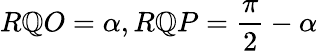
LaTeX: R\mathbb{Q}O=\alpha,R\mathbb{Q}P={\frac{{\pi}}{{2}}}-\alpha